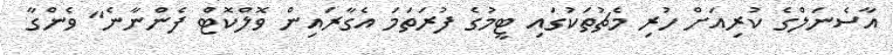
އާސެނަލްގެ ކުރިއަށް ހުރި މެޗުތަކުގައި ޓީމުގެ ފުރަތަމަ އެގާރައިން ވޮލްކޮޓް ފެންނާނެ" ވެންގާ